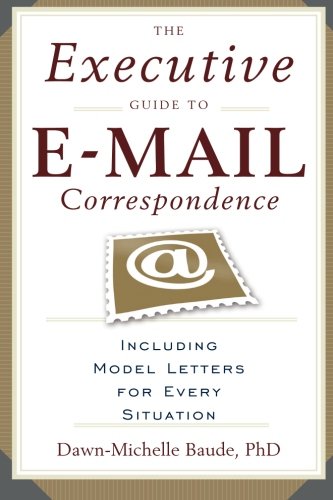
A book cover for The Executive Guide to E-mail Correspondence: Including Model Letters for Every Situation; Dawn-Michelle Baude; Reference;